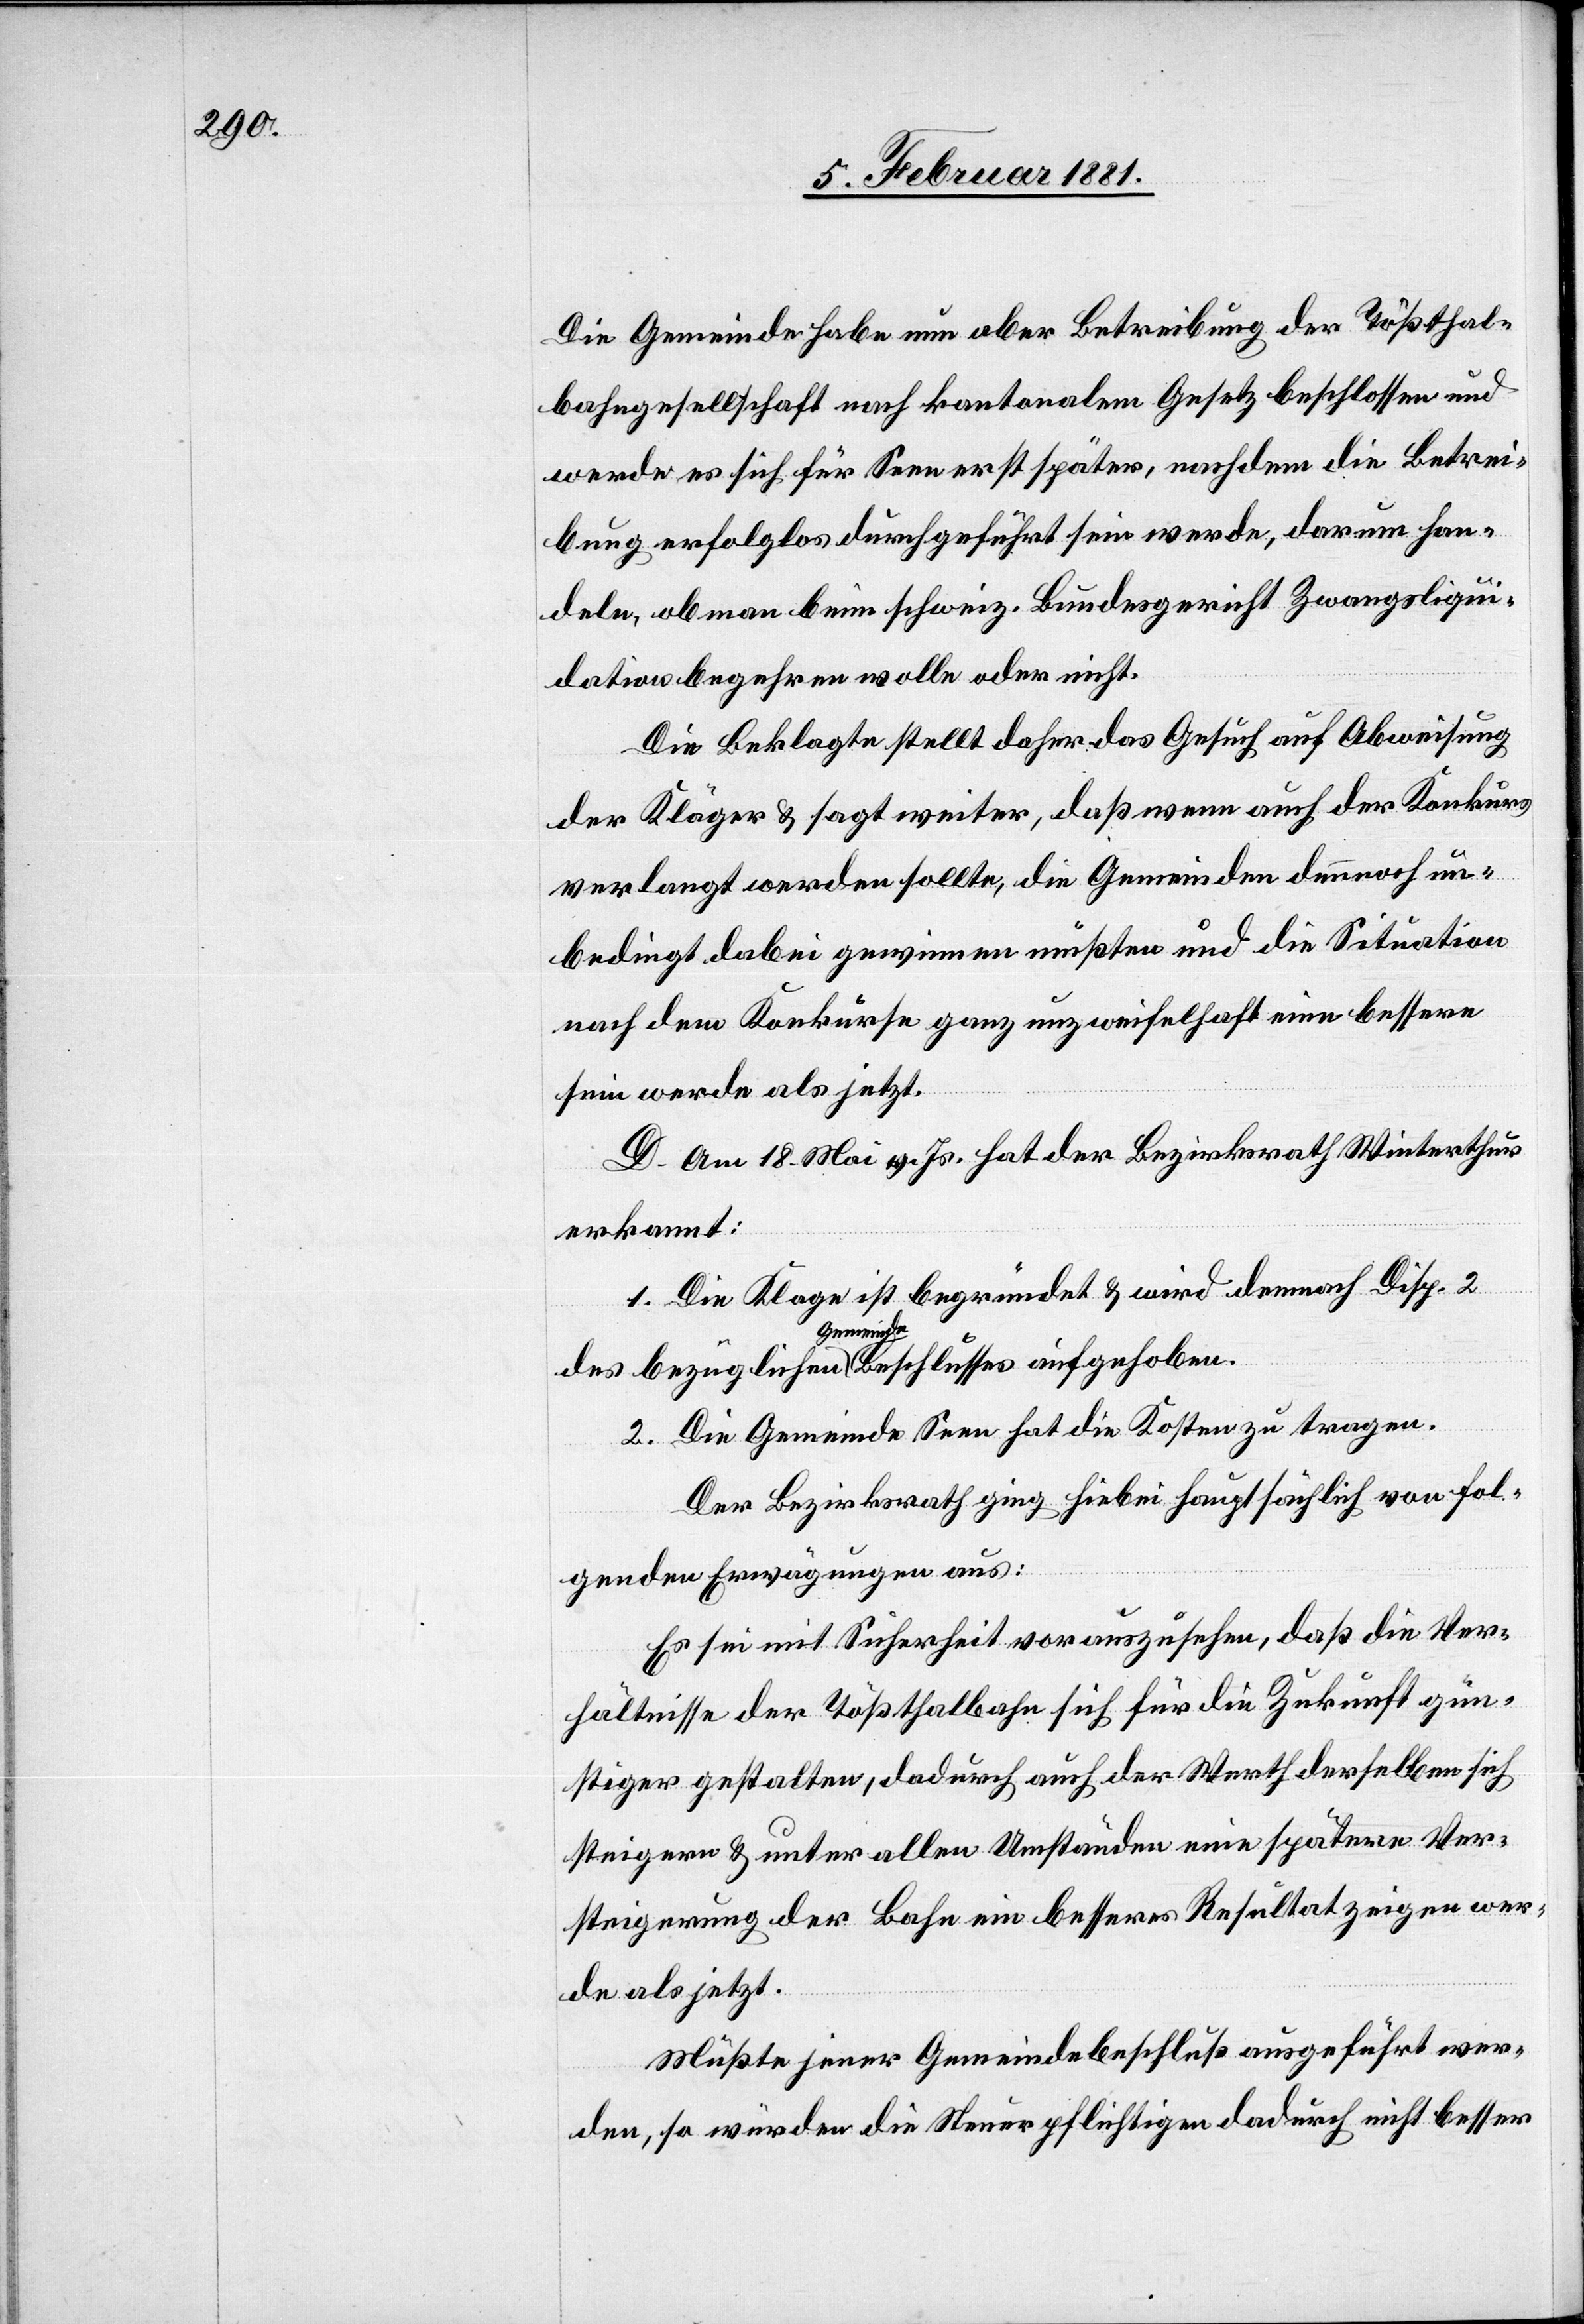
Die Gemeinde habe nun aber Betreibung der Tößthal¬
bahngesellschaft nach kantonalem Gesetz beschlossen und
werde es sich für Seen erst später, nachdem die Betrei¬
bung erfolglos durchgeführt sein werde, darum han¬
deln, ob man beim schweiz. Bundesgericht Zwangsliqui¬
dation begehren wolle oder nicht.
Die Beklagte stellt daher das Gesuch auf Abweisung
der Kläger & sagt weiter, daß wenn auch der Konkurs
verlangt werden sollte, die Gemeinden dennoch un¬
bedingt dabei gewinnen müßten und die Situation
nach dem Konkurse ganz unzweifelhaft eine bessere
sein werde als jetzt.
D. Am 18. Mai v. Js. hat der Bezirksrath Winterthur
erkannt:
1. Die Klage ist begründet & wird demnach Disp. 2
Gemeindebe¬
2. Die Gemeinde Seen hat die Kosten zu tragen.
Der Bezirksrath ging hiebei hauptsächlich von fol¬
ses
genden Erwägungen aus:
Es sei mit Sicherheit vorauszusehen, daß die Ver¬
hältnisse der Tößthalbahn sich für die Zukunft gün¬
stiger gestalten, dadurch auch der Werth derselben sich
steigern & unter allen Umständen eine spätere Ver¬
steigerung der Bahn ein besseres Resultat zeigen wer¬
de als jetzt.
Müßte jener Gemeindebeschluß ausgeführt wer¬
den, so würden die Steuerpflichtigen dadurch nicht besser